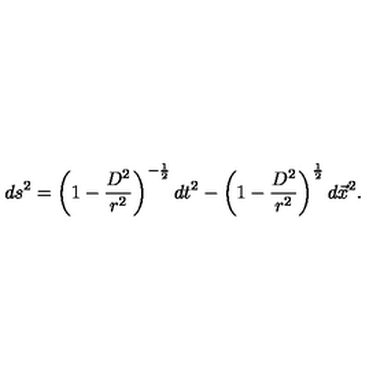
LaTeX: d s ^ { 2 } = \left( 1 - \frac { D ^ { 2 } } { r ^ { 2 } } \right) ^ { - \frac { 1 } { 2 } } d t ^ { 2 } - \left( 1 - \frac { D ^ { 2 } } { r ^ { 2 } } \right) ^ { \frac { 1 } { 2 } } d \vec { x } ^ { 2 } .